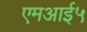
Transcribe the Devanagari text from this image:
एमआई५